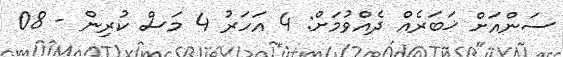
ސަންއަށް ޚަބަރެއް ދެއްވުމަށް: 4 އަހަރު 4 މަސް ކުރިން - 08